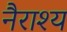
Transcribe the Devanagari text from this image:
नैराश्‍य